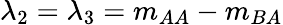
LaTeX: \lambda_{2}=\lambda_{3}=m_{AA}-m_{BA}